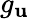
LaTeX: g_{\mathbf{u}}